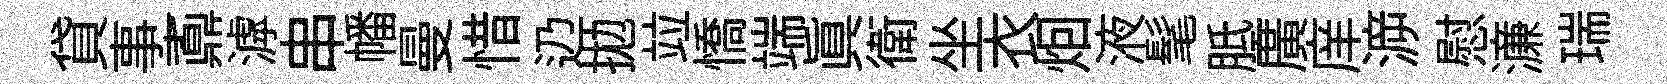
貸事鼒滹串幡曼惜辸拋竝憍端真衛坐衣𤇆液髦胝廣庠㴑慰濓瑞